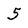
Character: 5